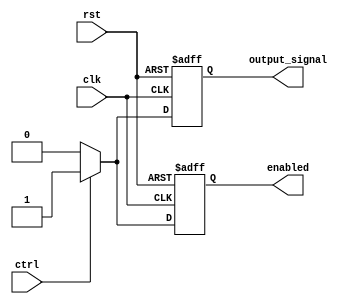
module Disable (
    input wire clk,           // Clock signal
    input wire rst,           // Reset signal
    input wire ctrl,          // Control signal to enable/disable the block
    output reg enabled,       // State of the block (enabled/disabled)
    output reg output_signal  // Output signal when the block is enabled
);

    // Initial values for registers
    initial begin
        enabled = 0;
        output_signal = 0;
    end

    // State management based on control signal and reset
    always @(posedge clk or posedge rst) begin
        if (rst) begin
            enabled <= 1'b1;           // Reset to enabled state
            output_signal <= 1'b0;     // Clear output signal
        end else if (ctrl) begin
            enabled <= 1'b1;           // Enable block functionality
            output_signal <= 1'b1;     // Perform normal operations (example)
        end else begin
            enabled <= 1'b0;           // Disable block functionality
            output_signal <= 1'b0;     // No output when disabled
        end
    end

endmodule